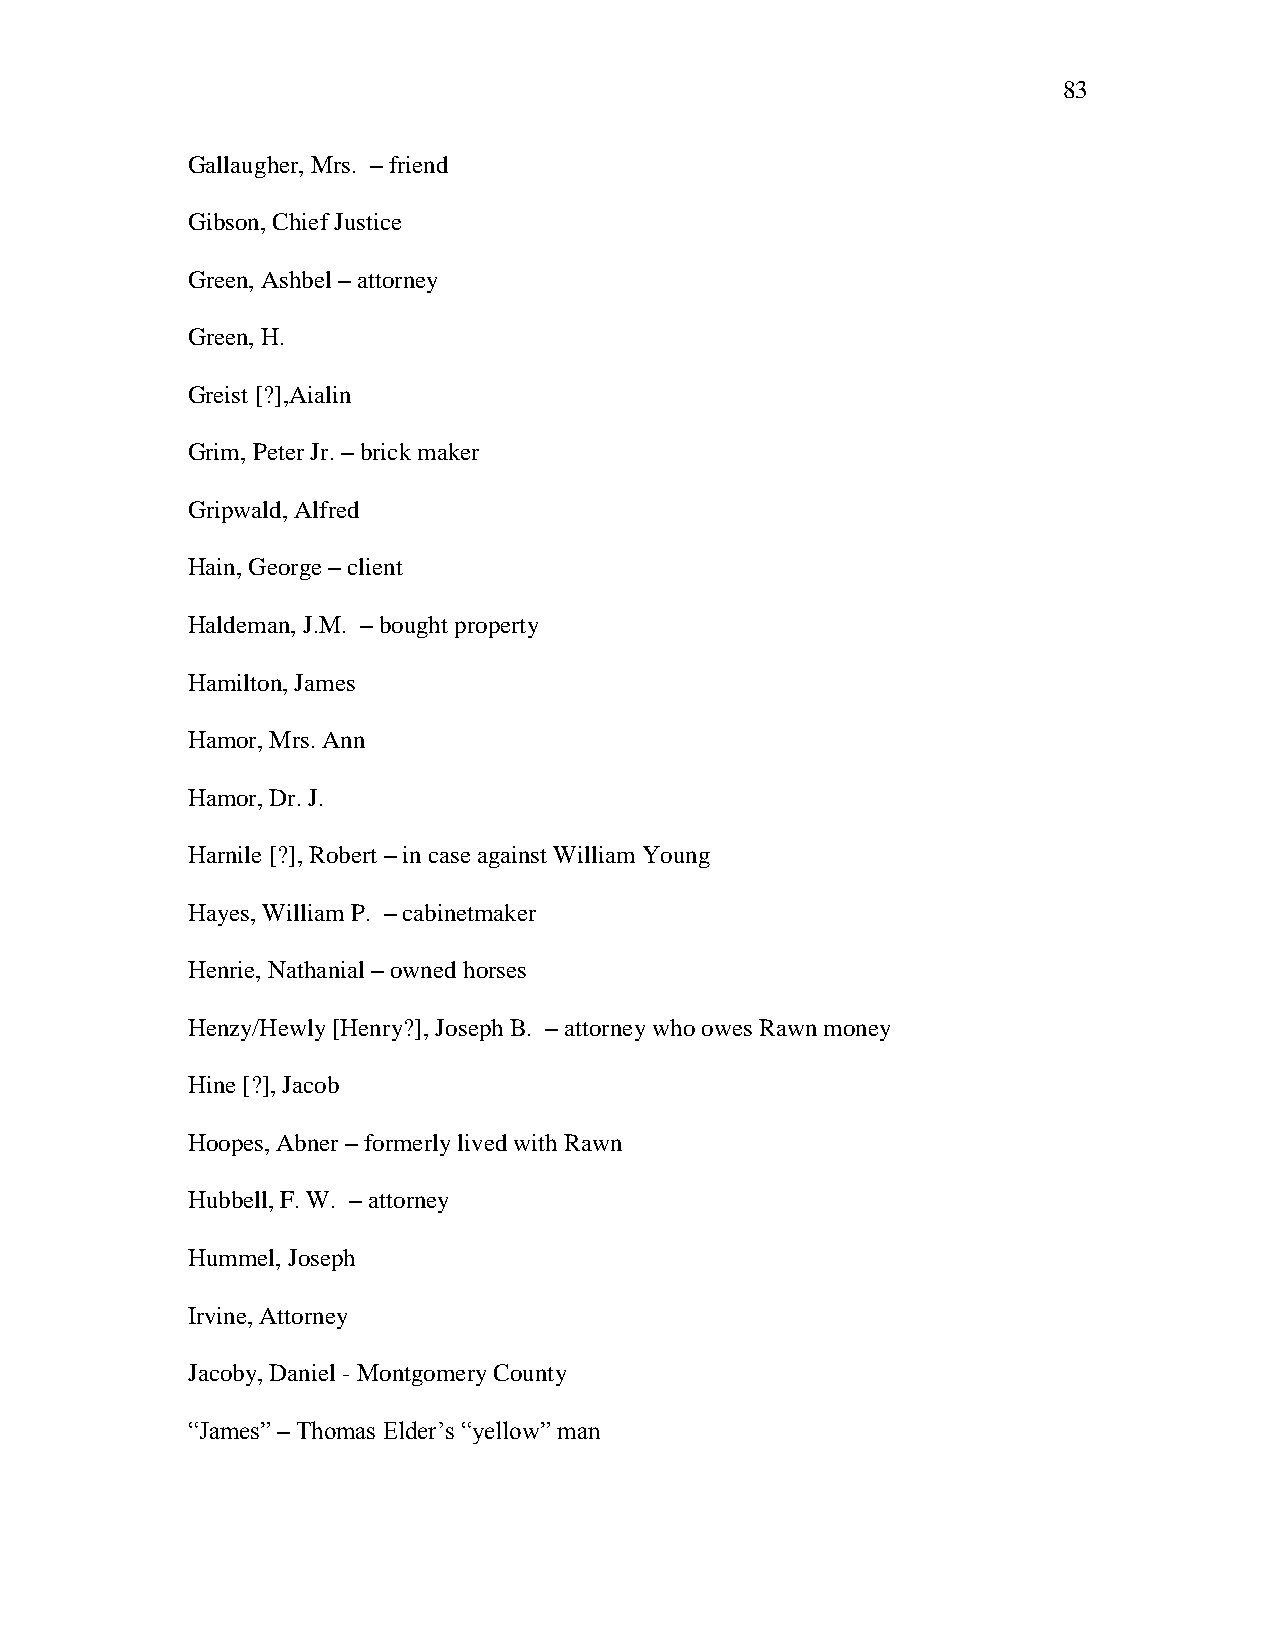
83
 Gallaugher, Mrs. – friend
 Gibson, Chief Justice
 Green, Ashbel – attorney
 Green, H.
 Greist [?],Aialin
 Grim, Peter Jr. – brick maker
 Gripwald, Alfred
 Hain, George – client
 Haldeman, J.M. – bought property
 Hamilton, James
 Hamor, Mrs. Ann
 Hamor, Dr. J.
 Harnile [?], Robert – in case against William Young
 Hayes, William P. – cabinetmaker
 Henrie, Nathanial – owned horses
 Henzy/Hewly [Henry?], Joseph B. – attorney who owes Rawn money
 Hine [?], Jacob
 Hoopes, Abner – formerly lived with Rawn
 Hubbell, F. W. – attorney
 Hummel, Joseph
 Irvine, Attorney
 Jacoby, Daniel - Montgomery County
 ―James‖ – Thomas Elder‘s ―yellow‖ man